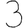
Digit: 3